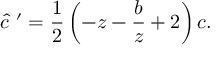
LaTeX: \hat { c } ~ ^ { \prime } = \frac { 1 } { 2 } \left( - z - \frac { b } { z } + 2 \right) c .